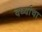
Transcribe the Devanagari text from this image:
वर्ध्याचा